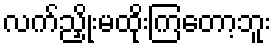
လက်ညှိုးမထိုးကြတော့ဘူး